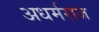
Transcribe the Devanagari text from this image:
अधर्मराज